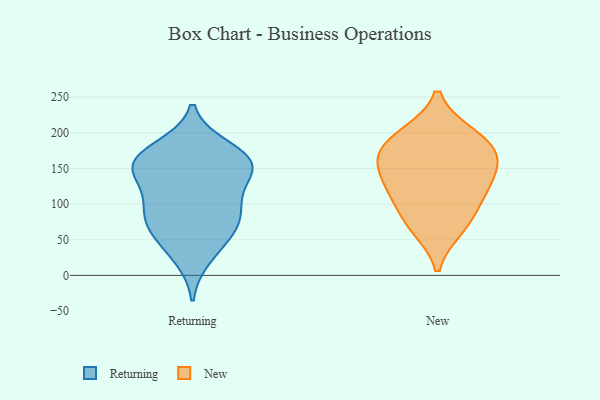
{"axis": {"x": "Backlog", "y": "Value"}, "legend": ["New", "Returning"], "data": [{"x": "", "y": 170, "type": "Returning"}, {"x": "", "y": 178, "type": "Returning"}, {"x": "", "y": 70, "type": "Returning"}, {"x": "", "y": 51, "type": "Returning"}, {"x": "", "y": 94, "type": "Returning"}, {"x": "", "y": 156, "type": "Returning"}, {"x": "", "y": 144, "type": "Returning"}, {"x": "", "y": 152, "type": "Returning"}, {"x": "", "y": 94, "type": "Returning"}, {"x": "", "y": 155, "type": "Returning"}, {"x": "", "y": 151, "type": "Returning"}, {"x": "", "y": 102, "type": "Returning"}, {"x": "", "y": 26, "type": "Returning"}, {"x": "", "y": 68, "type": "Returning"}, {"x": "", "y": 106, "type": "New"}, {"x": "", "y": 166, "type": "New"}, {"x": "", "y": 118, "type": "New"}, {"x": "", "y": 127, "type": "New"}, {"x": "", "y": 147, "type": "New"}, {"x": "", "y": 66, "type": "New"}, {"x": "", "y": 73, "type": "New"}, {"x": "", "y": 198, "type": "New"}, {"x": "", "y": 165, "type": "New"}, {"x": "", "y": 197, "type": "New"}, {"x": "", "y": 173, "type": "New"}]}